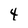
Character: 4